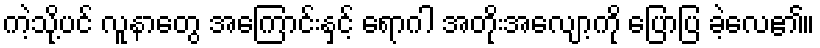
ကဲ့သို့ပင် လူနာတွေ အကြောင်းနှင့် ရောဂါ အတိုးအလျော့ကို ပြောပြ ခဲ့လေ၏။